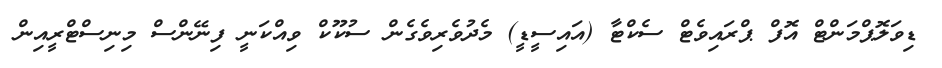
ޑިވަލޮޕްމަންޓް އޮފް ޕްރައިވެޓް ސެކްޓާ (އައިސީޑީ) މެދުވެރިވެގެން ސުކޫކް ވިއްކަނީ ފިނޭންސް މިނިސްޓްރީއިން